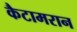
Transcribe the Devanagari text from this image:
कैटामरान